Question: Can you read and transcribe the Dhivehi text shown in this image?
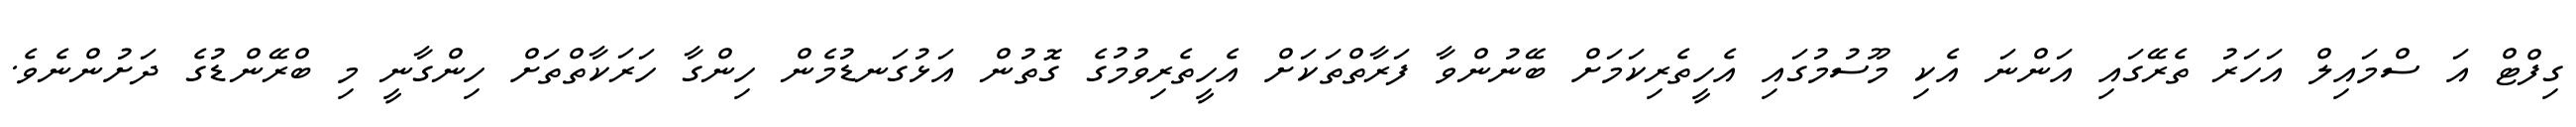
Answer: ގިފްޓް އަ ސްމައިލް އަހަރު ތެރޭގައި އަންނަ އެކި މޫސުމުގައި އެހީތެރިކަމަށް ބޭނުންވާ ފަރާތްތަކަށް އެހީތެރިވުމުގެ ގޮތުން އަޅުގަނޑުމެން ހިންގާ ހަރަކާތްތަށް ހިންގާނީ މި ބްރޭންޑުގެ ދަށުންނެވެ.